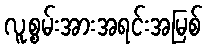
လူ့စွမ်းအားအရင်းအမြစ်